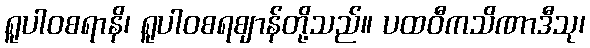
ရူပါဝစရာနိ၊ ရူပါဝစရဈာန်တို့သည်။ ပထဝီကသိဏာဒီသု၊